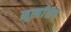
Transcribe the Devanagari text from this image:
मूर्खातच